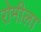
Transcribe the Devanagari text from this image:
रोमीला